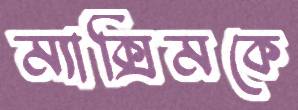
ম্যাক্সিমকে